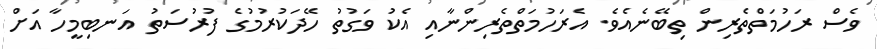
ވެސް ރަހުމަތްތެރިން ތިބޭނެއެވެ. އެރަހުމަތްތެރިންނާއި އެކު ވަގުތު ހޭދަކުރުމުގެ ފުރުސަތު އަނބިމީހާ އަށް